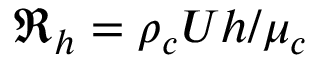
\Re _ { h } = \rho _ { c } U h / \mu _ { c }